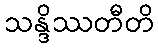
သန္ဒိဿတီတိ